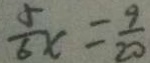
\frac { 5 } { 6 } x = \frac { 9 } { 2 0 }